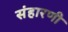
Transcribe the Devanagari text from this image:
संहारणी